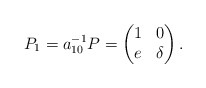
\begin{align*}P_1 = a_{10}^{-1} P = \begin{pmatrix}1 & 0 \\e & \delta\end{pmatrix}.\end{align*}